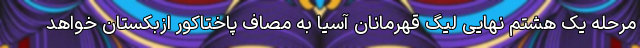
مرحله یک هشتم نهایی لیگ قهرمانان آسیا به مصاف پاختاکور ازبکستان خواهد